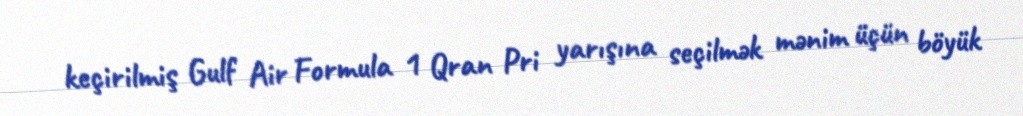
keçirilmiş Gulf Air Formula 1 Qran Pri yarışına seçilmək mənim üçün böyük